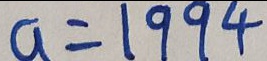
a = 1 9 9 4